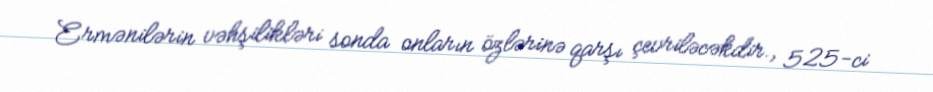
Ermənilərin vəhşilikləri sonda onların özlərinə qarşı çevriləcəkdir., 525-ci